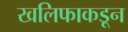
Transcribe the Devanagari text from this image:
खलिफाकडून